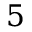
5